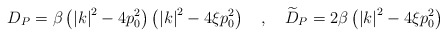
\begin{align*}D_{P}=\beta \left( \left| k\right| ^{2}-4p_{0}^{2}\right) \left( \left|k\right| ^{2}-4\xi p_{0}^{2}\right) \quad ,\quad \widetilde{D}_{P}=2\beta\left( \left| k\right| ^{2}-4\xi p_{0}^{2}\right)\end{align*}